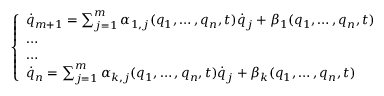
\left\{ \begin{array} { l l } { { \dot { q } } _ { m + 1 } = \sum _ { j = 1 } ^ { m } \alpha _ { 1 , j } ( q _ { 1 } , \dots , q _ { n } , t ) { \dot { q } } _ { j } + \beta _ { 1 } ( q _ { 1 } , \dots , q _ { n } , t ) } \\ { \dots } \\ { \dots } \\ { { \dot { q } } _ { n } = \sum _ { j = 1 } ^ { m } \alpha _ { k , j } ( q _ { 1 } , \dots , q _ { n } , t ) { \dot { q } } _ { j } + \beta _ { k } ( q _ { 1 } , \dots , q _ { n } , t ) } \end{array} \right.